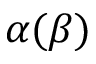
\alpha ( \beta )